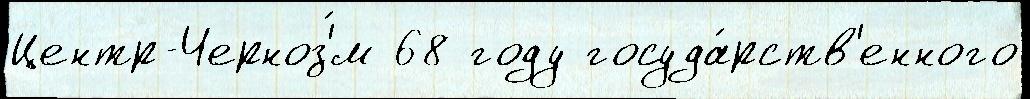
Центр-Черноз'́м 68 году госуда́рств'енного